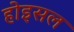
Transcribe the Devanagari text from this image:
होइसल